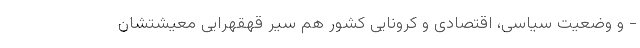
- و وضعیت سیاسی، اقتصادی و کرونایی کشور هم سیرِ قهقهراییِ معیشتشان